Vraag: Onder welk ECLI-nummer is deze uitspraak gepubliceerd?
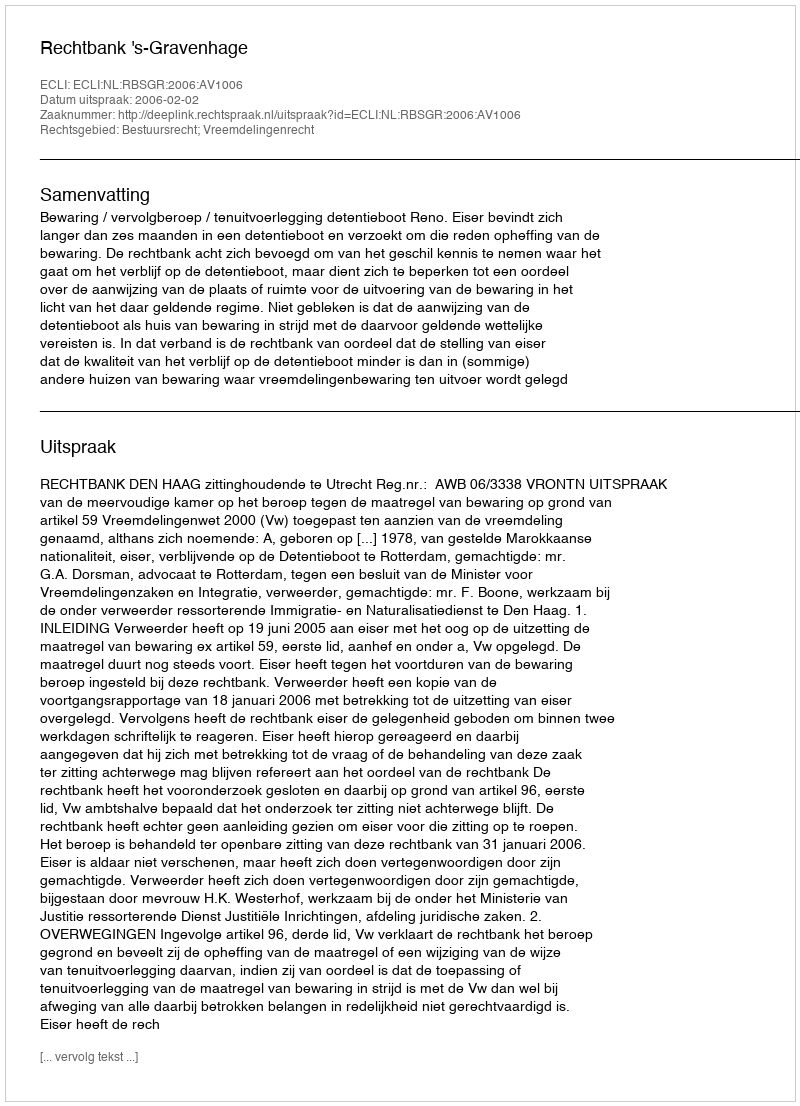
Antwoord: ECLI:NL:RBSGR:2006:AV1006